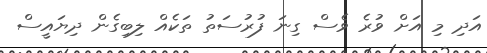
އަދި މި އަށް ވުރެ ވެސް ގިނަ ފުރުސަތު ތަކެއް ލިބިގެން ދިޔައީސް